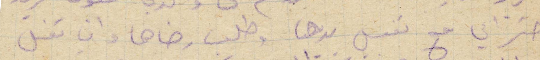
احترامي مع تقبيل يدها وطلب رضاها وان تقبل